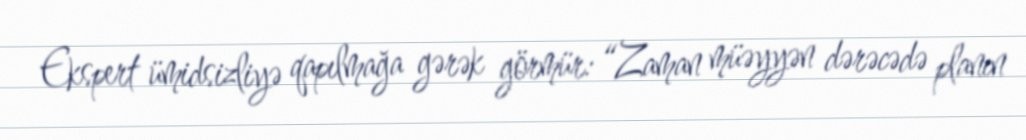
Ekspert ümidsizliyə qapılmağa gərək görmür: “Zaman müəyyən dərəcədə planın